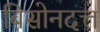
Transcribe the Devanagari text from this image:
बिसोनदत्त